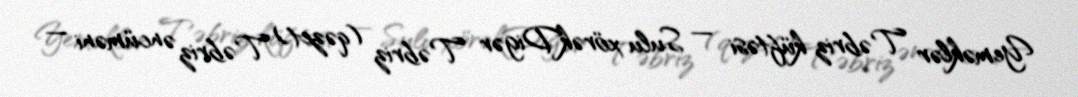
Yeməklər Təbriz küftəsi — Sulu xörəkDigər Təbriz (qəzet) Təbriz əncüməni —